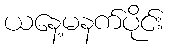
ယနေ့မနက်ပိုင်း